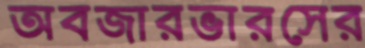
অবজারভারসের